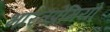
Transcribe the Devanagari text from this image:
भारतप्रेमियों